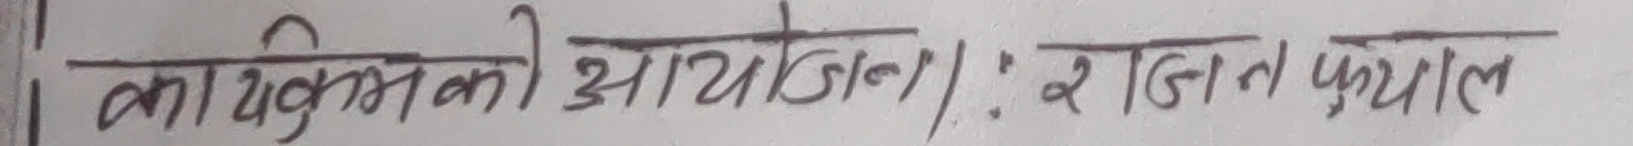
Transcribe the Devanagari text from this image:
कार्यक्रमको आयोजना । : रजत फयाल